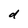
Character: d